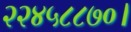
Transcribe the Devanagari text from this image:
२२४५८८७०।